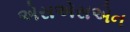
એસએસએન